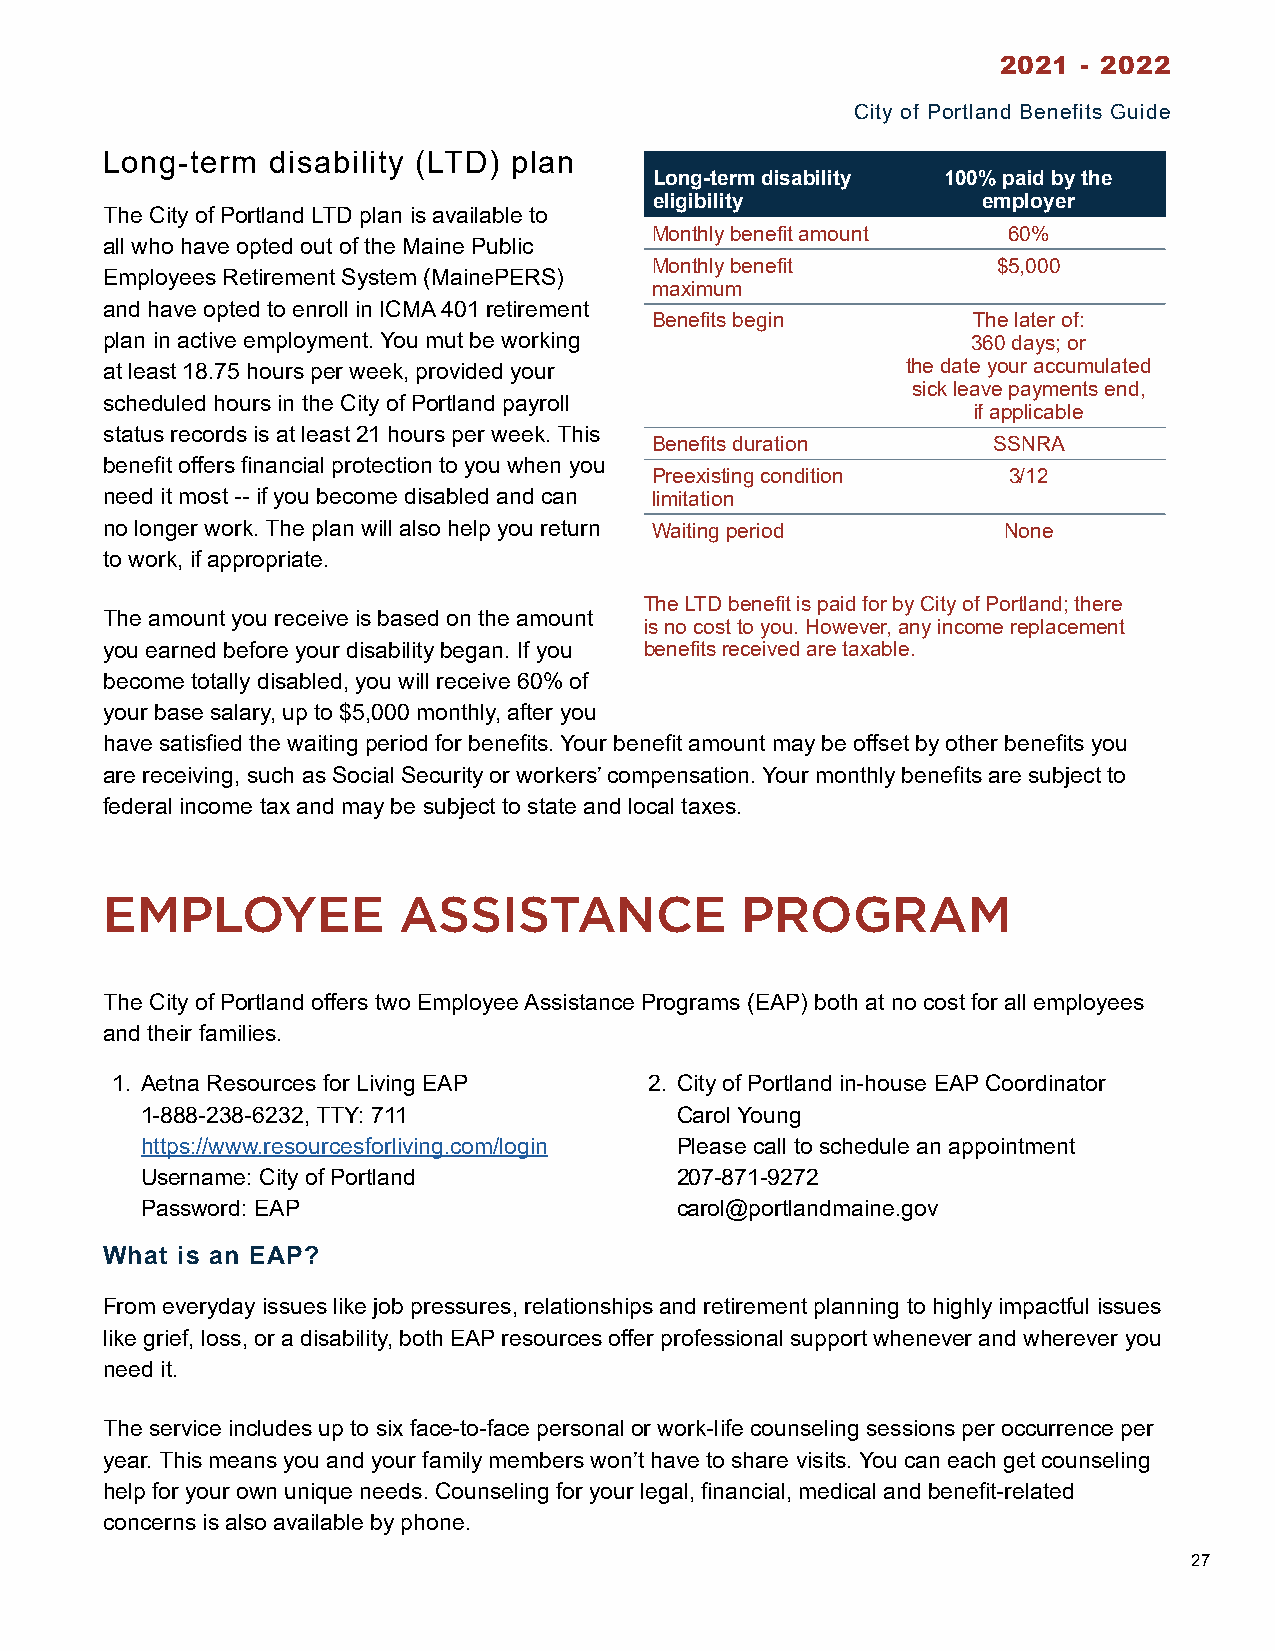
2021  - 2022
 City of Portland Benefits Guide
 Long-term  disability (LTD) plan
 Long-term disability 100% paid by the
 eligibility           employer
 The City of Portland LTD plan is available to
 Monthly benefit amount  60%
 all who have opted out of the Maine Public
 Monthly benefit        $5,000
 Employees Retirement System (MainePERS)
 maximum
 and have opted to enroll in ICMA 401 retirement
 Benefits begin       The later of:
 plan in active employment. You mut be working            360 days; or
 at least 18.75 hours per week, provided your         the date your accumulated
 sick leave payments end,
 scheduled hours in the City of Portland payroll
 if applicable
 status records is at least 21 hours per week. This
 Benefits duration      SSNRA
 benefit offers financial protection to you when you
 Preexisting condition   3/12
 need it most -- if you become disabled and can limitation
 no longer work. The plan will also help you return Waiting period None
 to work, if appropriate.
 The LTD benefit is paid for by City of Portland; there
 The amount you receive is based on the amount
 is no cost to you. However, any income replacement
 you earned before your disability began. If you benefits received are taxable.
 become totally disabled, you will receive 60% of
 your base salary, up to $5,000 monthly, after you
 have satisfied the waiting period for benefits. Your benefit amount may be offset by other benefits you
 are receiving, such as Social Security or workers’ compensation. Your monthly benefits are subject to
 federal income tax and may be subject to state and local taxes.
 EMPLOYEE           ASSISTANCE             PROGRAM
 The City of Portland offers two Employee Assistance Programs (EAP) both at no cost for all employees
 and their families.
 1. Aetna Resources for Living EAP   2. City of Portland in-house EAP Coordinator
 1-888-238-6232, TTY: 711            Carol Young
 https://www.resourcesforliving.com/login Please call to schedule an appointment
 Username: City of Portland          207-871-9272
 Password: EAP                       carol@portlandmaine.gov
 What is an EAP?
 From everyday issues like job pressures, relationships and retirement planning to highly impactful issues
 like grief, loss, or a disability, both EAP resources offer professional support whenever and wherever you
 need it.
 The service includes up to six face-to-face personal or work-life counseling sessions per occurrence per
 year. This means you and your family members won’t have to share visits. You can each get counseling
 help for your own unique needs. Counseling for your legal, financial, medical and benefit-related
 concerns is also available by phone.
 27